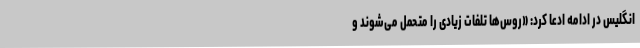
انگلیس در ادامه ادعا کرد: «روس‌ها تلفات زیادی را متحمل می‌شوند و